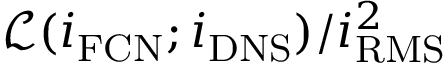
\mathcal { L } ( { i } _ { \mathrm { F C N } } ; { i } _ { \mathrm { D N S } } ) / i _ { \mathrm { R M S } } ^ { 2 }